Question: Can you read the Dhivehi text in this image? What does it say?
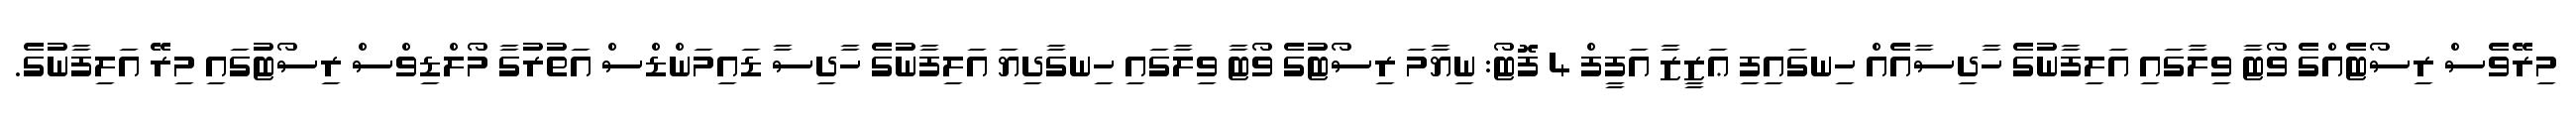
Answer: މިރޭވެސް ރިސޯޓެއްގެ ވޯޓާ ވިލާގައި އަލިފާނުގެ ހާދިސާއެއް ހިނގައިފި ޢަޒީޒާ އަފީފް 4 ފޮޓޯ: ނިޔާމަ ރިސޯޓުގެ ވޯޓާ ވިލާގައި ހިނގާދިޔަ އަލިފާނުގެ ހާދިސާ ޑައިމަންޑްސް އަތުރުގާ މޯލްޑިވްސް ރިސޯޓުގައި މިރޭ އަލިފާނުގެ.